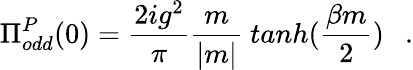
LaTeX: \Pi_{odd}^{P}(0)=\frac{2ig^{2}}{\pi}\frac{m}{|m|}~tanh(\frac{\beta m}{2})~~~.